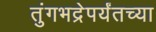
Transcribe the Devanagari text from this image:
तुंगभद्रेपर्यंतच्या